Annual returns of the Patna Lunatic Asylum at Bankipore in Bihar and Orissa - 1912-1924
Year: 1912
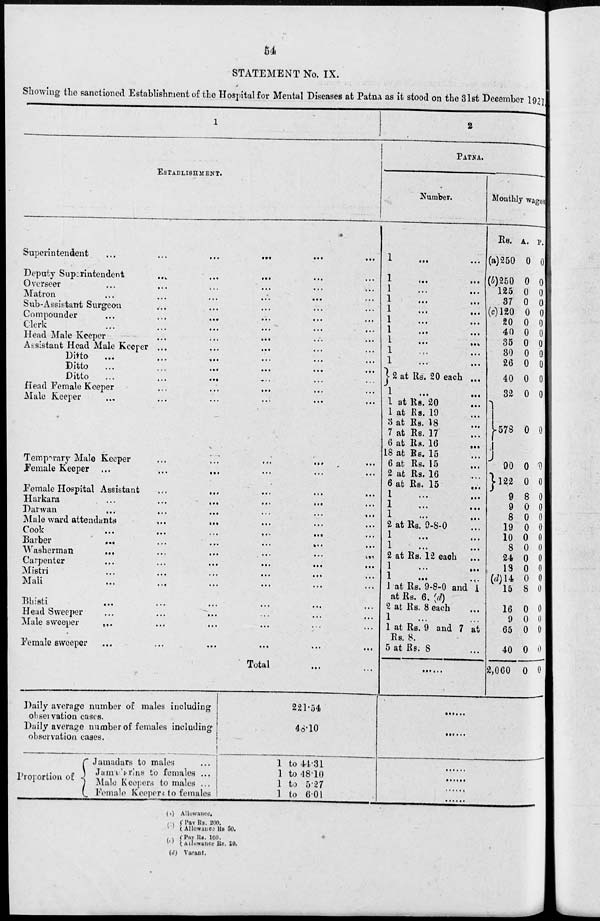
54
STATEMENT No. IX.
Showing the sanctioned Establishment of the Hospital for Mental Diseases at Patna as it stood on the 31st December 1921.
1
ESTABLISHMENT.
Superintendent
...
...
... ... ... ...
Deputy Superintendent
...
...
...
...
...
Overseer ... ... ... ... ... ...
Matron ... ... ... ... ... ...
Sub-Assistant Surgeon ... ... ... ... ...
Compounder ... ... ... ... ... ...
Clerk
...
...
...
...
...
...
Head Male Keeper ... ... ... ... ...
Assistant Head Male Keeper ... ... ... ... ...
Ditto
...
...
...
...
...
...
Ditto ... ... ... ... ... ...
Ditto ... ... ... ... ... ...
Head Female Keeper ... ... ... ... ...
Male Keeper ... ... ... ... ... ...
Temporary Male Keeper ... ... ... ... ...
Female Keeper ...
... ... ... ... ...
Female Hospital Assistant
...
...
...
...
...
Harkara
...
...
...
...
...
...
Darwan
...
...
...
...
...
...
Male ward attendants ... ... ... ... ...
Cook
...
...
...
...
...
...
Barber
...
...
...
...
...
...
Washerman
...
...
...
...
...
...
Carpenter
...
...
...
...
...
...
Mistri
...
...
...
...
...
...
Mali
...
...
...
...
...
...
Bhisti
... ... ... ... ... ...
Head Sweeper ... ... ... ... ... ...
Male sweeper ... ... ... ... ... ...
Female sweeper ... ... ... ... ... ...
Total ... ...
Daily average number of males including
obseivation cases.
Daily average number of females including
observation cases.
Proportion of
Jamadars to males ...
Jamadarins to females ...
Male Keepers to males ...
Female Keepers to females
221.54
48.10
1 to 44.31
1 to 48.10
1 to 5.27
1 to 6.01
2
PATNA.
Number.
1
...
...
1
...
...
1 ... ...
1
...
...
1
...
...
1 ... ...
1
...
...
1
...
...
1 ... ...
1
...
...
2 at Rs. 20 each ...
1
...
...
1 at Rs. 20 ...
1 at Rs. 19 ...
3 at Rs. 18 ...
7 at Rs. 17 ...
6 at Rs. 16 ...
18 at Rs. 15 ...
6 at Rs. 15 ...
2 at Rs. 16 ...
6 at Rs. 15
...
1 ... ...
1
...
...
1
...
...
2 at Rs 9-8-0 ...
1
...
...
1
...
...
2 at Rs. 12 each
1
...
...
1 ... ...
1 at Rs, 9-8-0 and 1
at Rs. 6. (d)
2 at Rs. 8 each ...
1 ... ...
1 at Rs. 9 and 7 at
Rs. 8.
5 at Rs. 8 ...
......
......
......
......
......
......
......
Monthly wages
Rs.
(a)250
(b)250
125
37
(c)120
20
40
35
30
26
40
32
578
90
122
9
9
8
19
10
8
24
13
(d) 14
15
16
9
65
40
2,060
A.
0
0
0
0
0
0
0
0
0
0
0
0
0
0
0
8
0
0
0
0
0
0
0
0
8
0
0
0
0
0
P.
0
0
0
0
0
0
0
0
0
0
0
0
0
0
0
0
0
0
0
0
0
0
0
0
0
0
0
0
0
0
(a)
(b)
(c)
(d)
Allowance.
Pay Rs. 200.
Allowance Rs 50.
Pay Rs. 100.
Allowance Rs. 20.
Vacant.